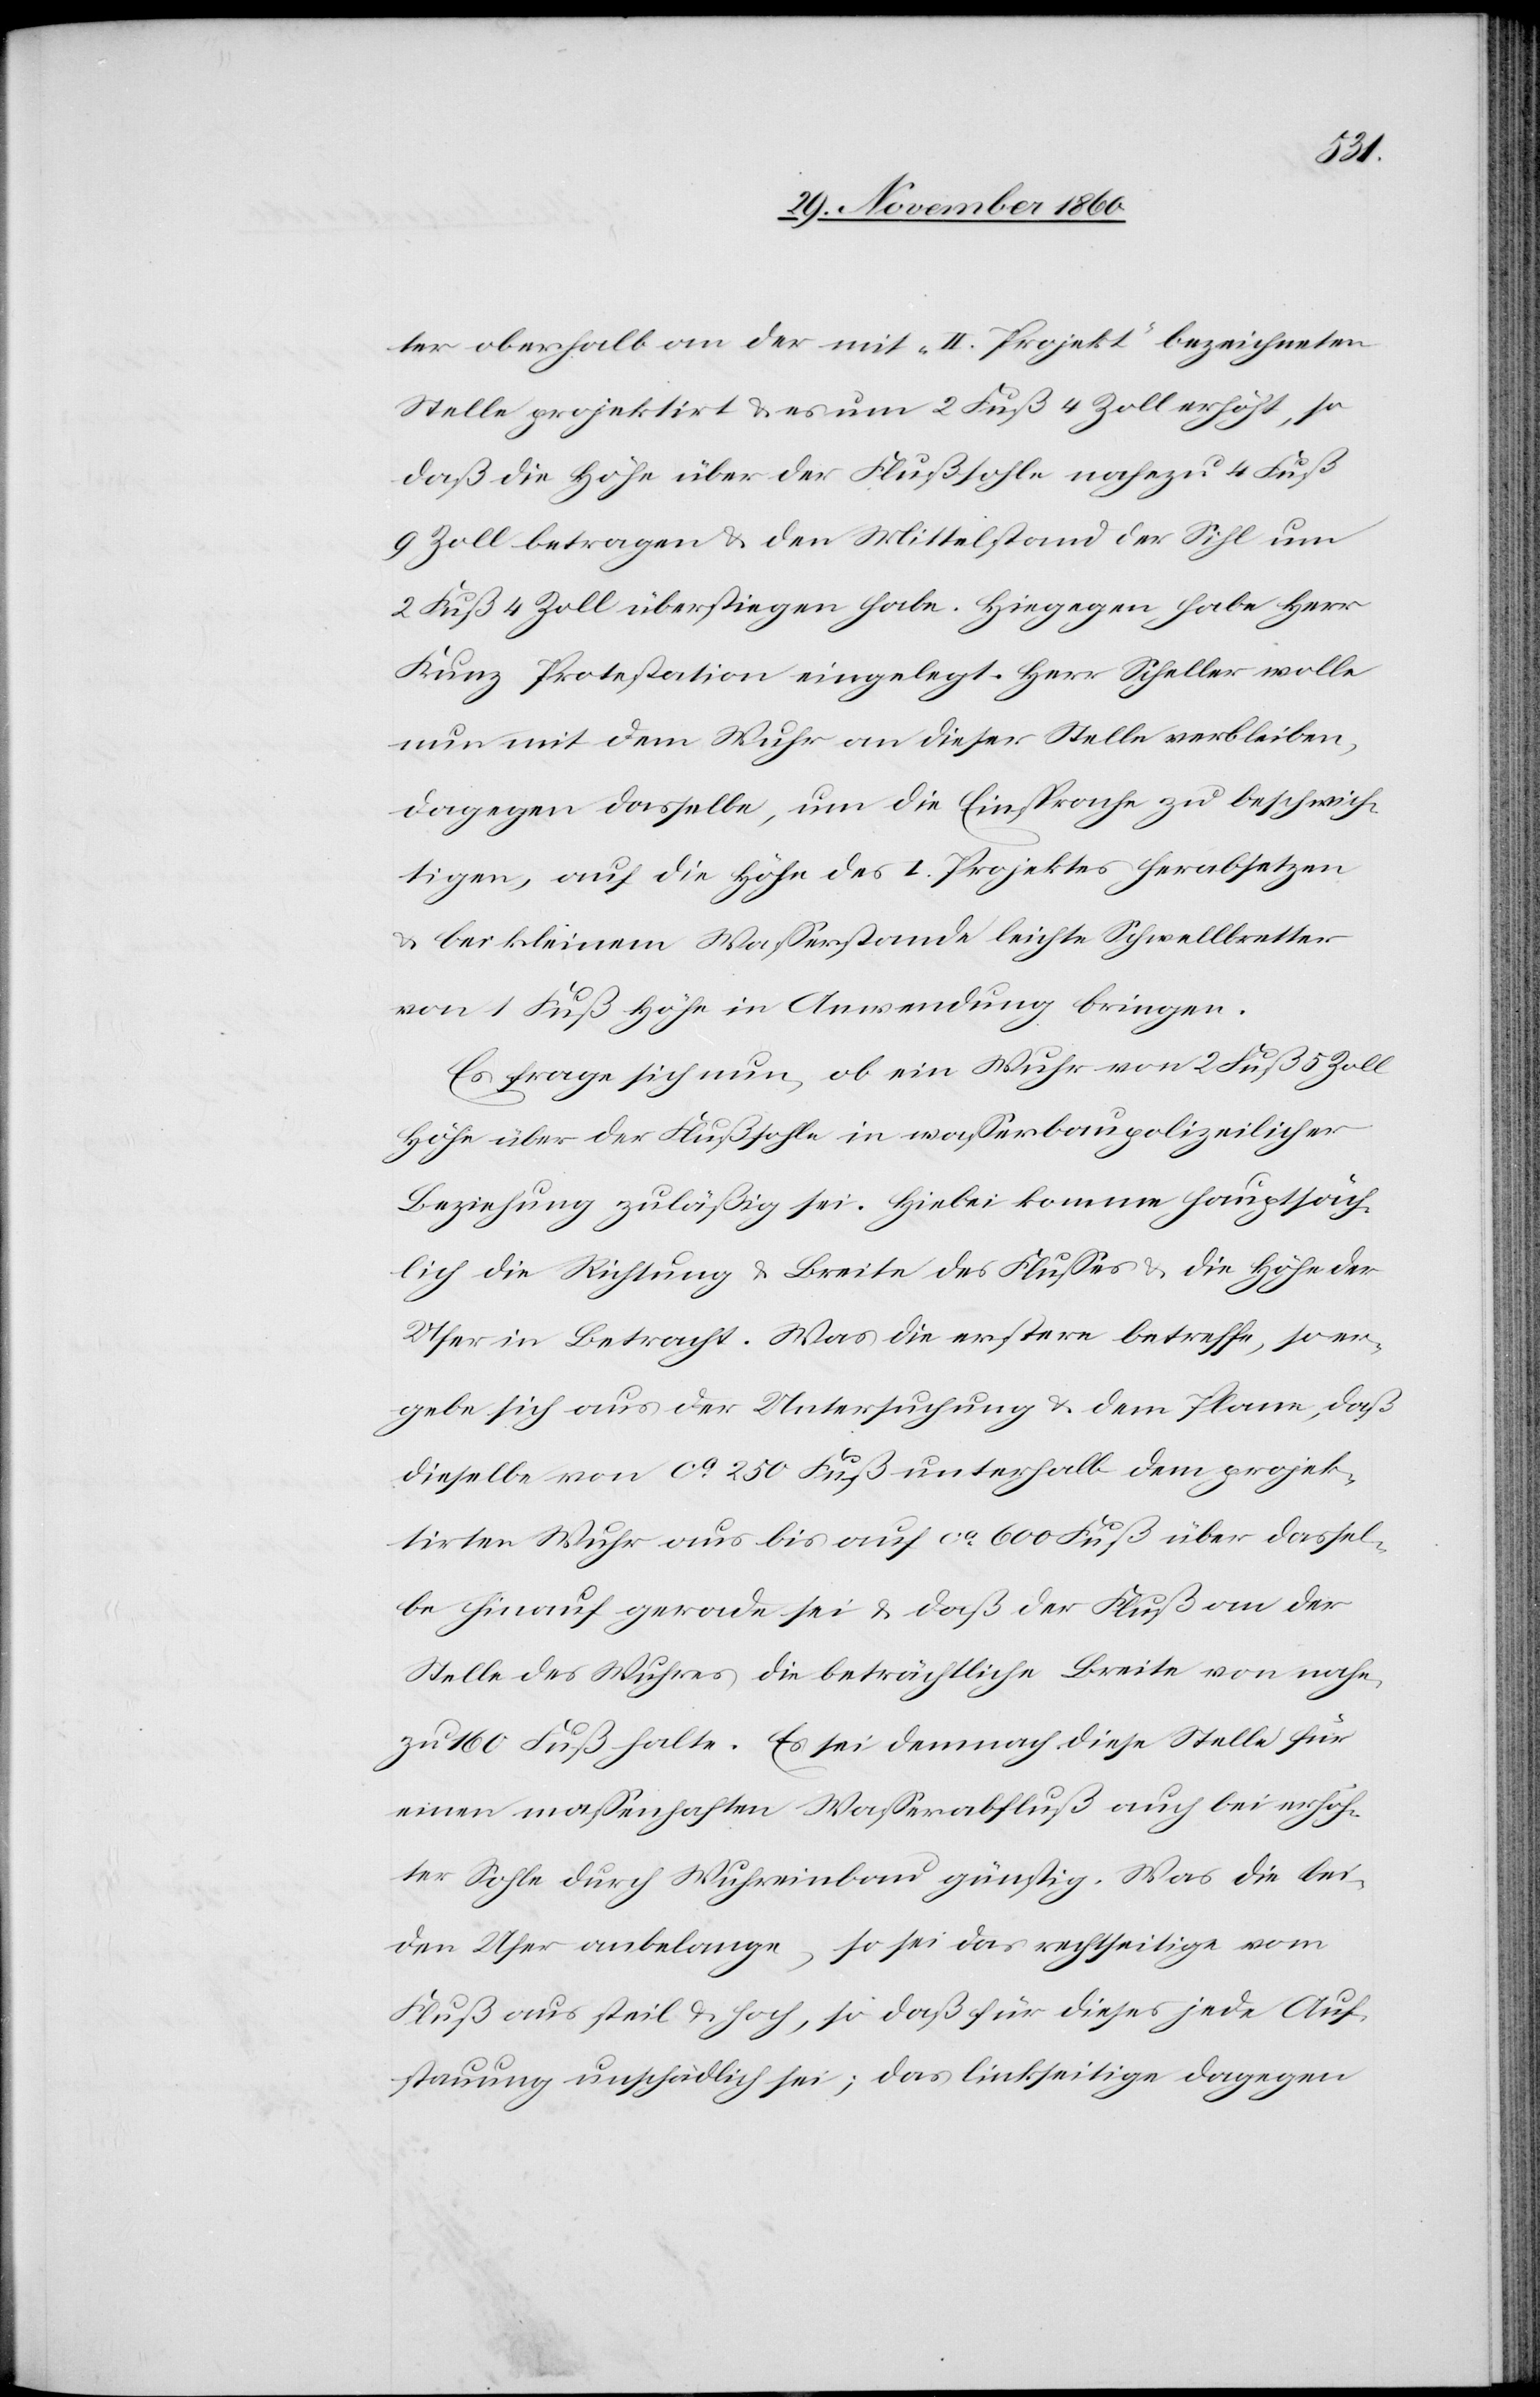
ter oberhalb an der mit „II. Projekt“ bezeichneten
Stelle projektirte u. es um 2 Fuß 4 Zoll erhöht, so
daß die Höhe über der Flußsohle nahezu 4 Fuß
9 Zoll betragen u. den Mittelstand der Sihl um
2 Fuß 4 Zoll überstiegen habe. Hiegegen habe Herr
Kunz Protestation eingelegt. Herr Scheller wolle
nun mit dem Wuhr an dieser Stelle verbleiben,
dagegen dasselbe, um die Einsprache zu beschwich¬
tigen, auf die Höhe des I. Projektes herabsetzen
u. bei kleinem Wasserstande leichte Schwellbretter
von 1 Fuß Höhe in Anwendung bringen.
Es frag sich nun, ob ein Wuhr von 2 Fuß 5 Zoll
Höhe über der Flußsohle in wasserbaupolizeilicher
Beziehung zuläßig sei. Hiebei komme hauptsäch¬
lich die Richtung u. Breite des Flusses u. die Höhe der
Ufer in Betracht. Was die erstere betreffe, so er¬
gebe sich aus der Untersuchung u. dem Plane, daß
dieselbe von ca 250 Fuß unterhalb dem projek¬
tirten Wuhr aus bis auf ca 600 Fuß über dassel¬
be hinauf gerade sei u. daß der Fluß an der
Stelle des Wuhres die beträchtliche Breite von nahe¬
zu 160 Fuß halte. Es sei demnach diese Stelle für
einen massenhaften Wasserabfluß auch bei erhöh¬
ter Sohle durch Wuhreinbau günstig. Was die bei¬
den Ufer anbelange, so sei das rechtseitige vom
Fluß aus steil u. hoch, so daß für dieses jede Auf¬
stauung unschädlich sei; das linkseitige dagegen